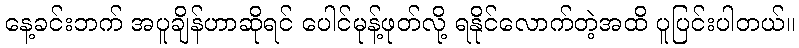
နေ့ခင်းဘက် အပူချိန်ဟာဆိုရင် ပေါင်မုန့်ဖုတ်လို့ ရနိုင်လောက်တဲ့အထိ ပူပြင်းပါတယ်။